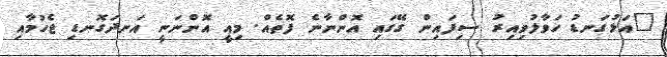
"އަޅުގަނޑު ހަވާލުވިއިރު ސިފައިން ގޭގައި އޮންނާނެ ފޮތެއް. މިއީ އޮންނަނީ އަނދަގޮނޑި ޖެހުމާއި